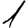
Digit: 1